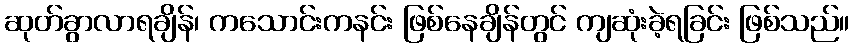
ဆုတ်ခွာလာရချိန်၊ ကသောင်းကနင်း ဖြစ်နေချိန်တွင် ကျဆုံးခဲ့ရခြင်း ဖြစ်သည်။